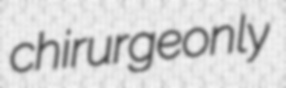
chirurgeonly